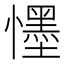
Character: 𭟓